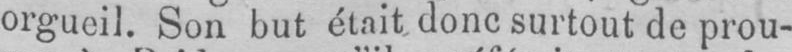
orgueil. Son but était donc surtout de prou-